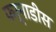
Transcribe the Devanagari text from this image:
फर्नाडीस